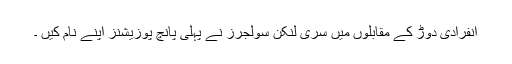
انفرادی دوڑ کے مقابلوں میں سری لنکن سولجرز نے پہلی پانچ پوزیشنز اپنے نام کیں ۔